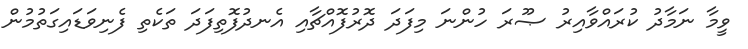
ވީމާ ނަމާދު ކުރައްވާއިރު ޞޫރަ ހުންނަ މިފަދަ ދޮރުފޮއްޗާއި އެނދުފޮތިފަދަ ތަކެތި ފެނިވަޑައިގަތުމުން